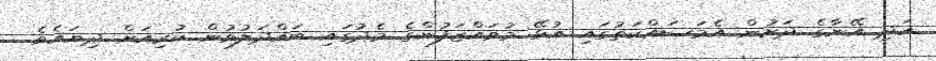
އަދި އޭނާގެ ދަށުން އެމަސައްކަތުގައި އުޅޭ މުވައްޒަފުންގެ މެދުގައި ބައްދަލުވުން ކުރިއަށް ދިޔައެވެ.